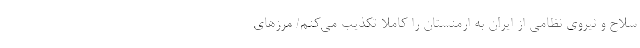
سلاح و نیروی نظامی از ایران به ارمنستان را کاملا تکذیب می‌کنم/ مرزهای